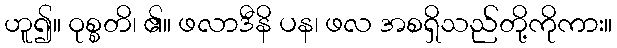
ဟူ၍။ ဝုစ္စတိ၊ ၏။ ဖလာဒီနိ ပန၊ ဖလ အစရှိသည်တို့ကိုကား။